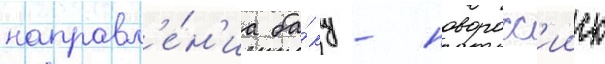
направл'е́н'иа ба́ку - новоросс'ииск